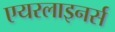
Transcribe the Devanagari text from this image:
एयरलाइनर्स